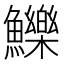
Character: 鱳